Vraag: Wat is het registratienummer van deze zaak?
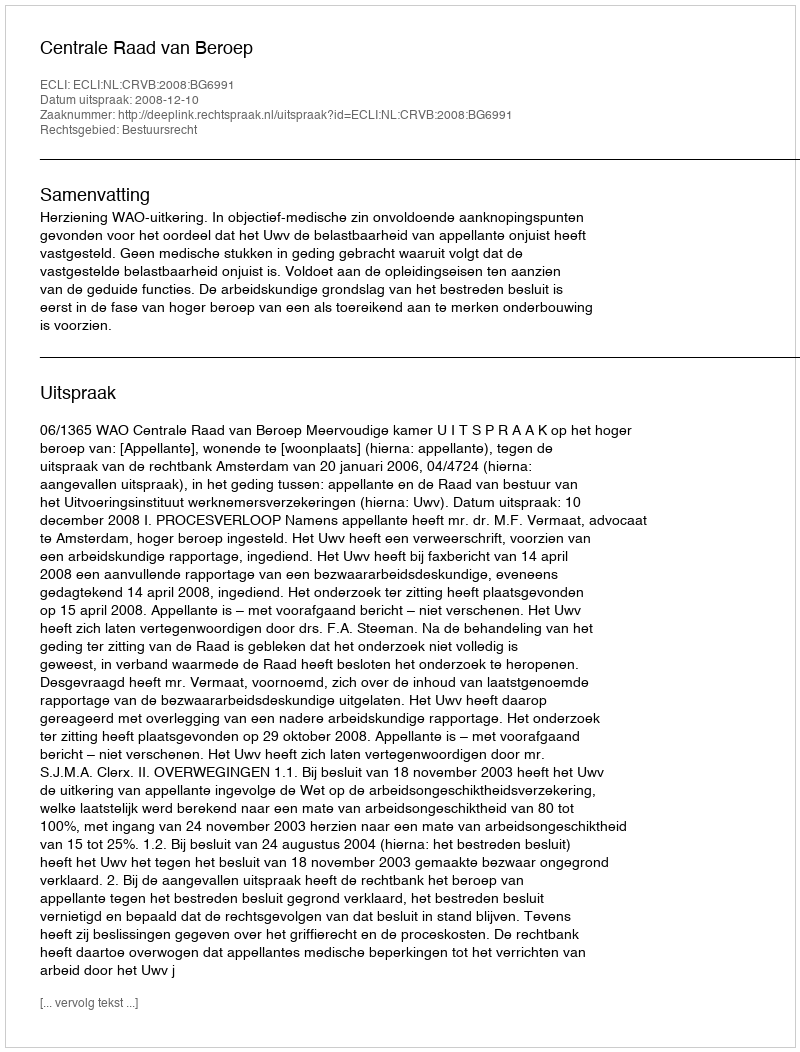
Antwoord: http://deeplink.rechtspraak.nl/uitspraak?id=ECLI:NL:CRVB:2008:BG6991